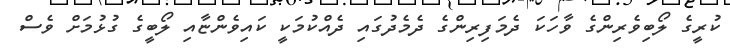
ކުރީގެ ލޯބިވެރިންގެ ވާހަކަ ދެމަފިރިންގެ ދެމެދުގައި ދެއްކުމަކީ ކައިވެންޏާއި ލޯބީގެ ގުޅުމަށް ވެސް